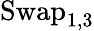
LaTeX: \operatorname{Swap}_{1,3}